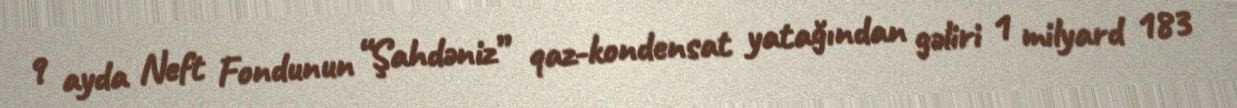
9 ayda Neft Fondunun “Şahdəniz” qaz-kondensat yatağından gəliri 1 milyard 183